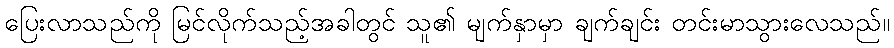
ပြေးလာသည်ကို မြင်လိုက်သည့်အခါတွင် သူ၏ မျက်နှာမှာ ချက်ချင်း တင်းမာသွားလေသည်။